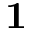
{ \bf 1 }